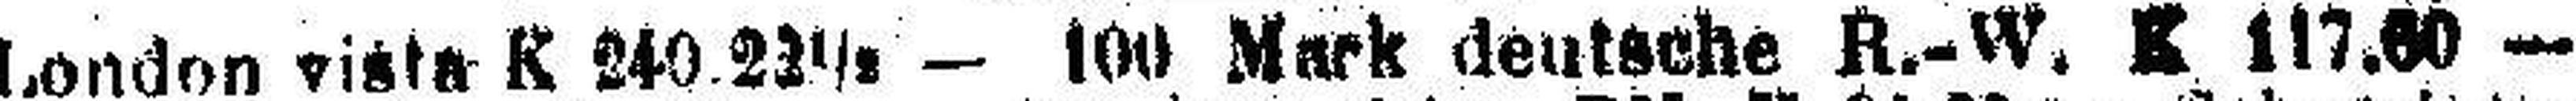
London vista K 240 23½ — 100 Mark deutsche R.-W. K 117.60 —